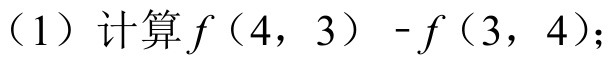
(1) 计算\(f(4,3)-f(3,4)\);